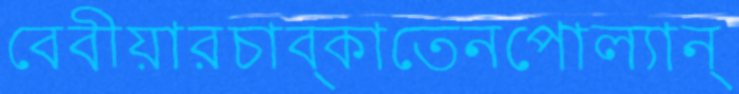
বেবীয়ারচাব্‌কাতেনপোল্যান্